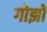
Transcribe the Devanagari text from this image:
गोझो